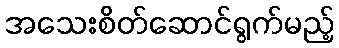
အသေးစိတ်ဆောင်ရွက်မည့်